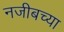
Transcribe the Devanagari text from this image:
नजीबच्या